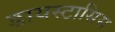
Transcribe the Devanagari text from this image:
डायस्टासिस